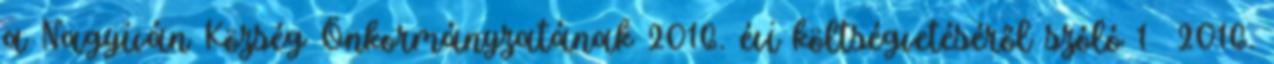
a Nagyiván Község Önkormányzatának 2016. évi költségvetéséről szóló 1 2016.